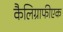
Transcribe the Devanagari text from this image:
कैलिग्राफीएक